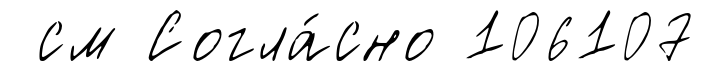
см Согла́сно 106107